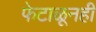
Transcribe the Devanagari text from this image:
फेटाळूनही